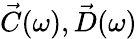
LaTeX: \vec{C}(\omega),\vec{D}(\omega)